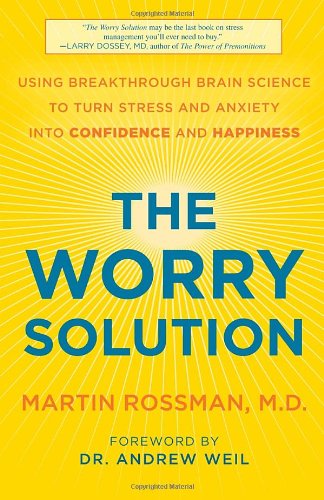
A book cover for The Worry Solution: Using Breakthrough Brain Science to Turn Stress and Anxiety into Confidence and Happiness; Martin Rossman M.D.; Self-Help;